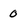
Character: 0